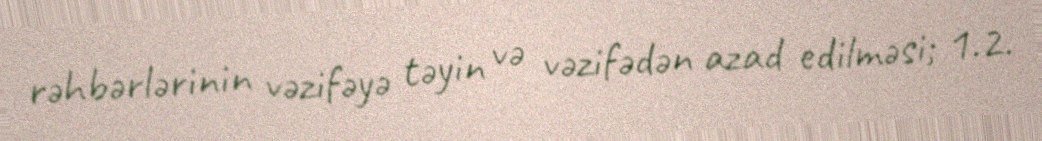
rəhbərlərinin vəzifəyə təyin və vəzifədən azad edilməsi; 1.2.